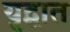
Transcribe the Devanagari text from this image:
युद्घात